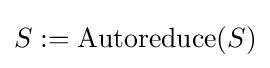
S:=\operatorname {Autoreduce} (S)